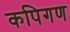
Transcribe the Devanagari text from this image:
कपिगण